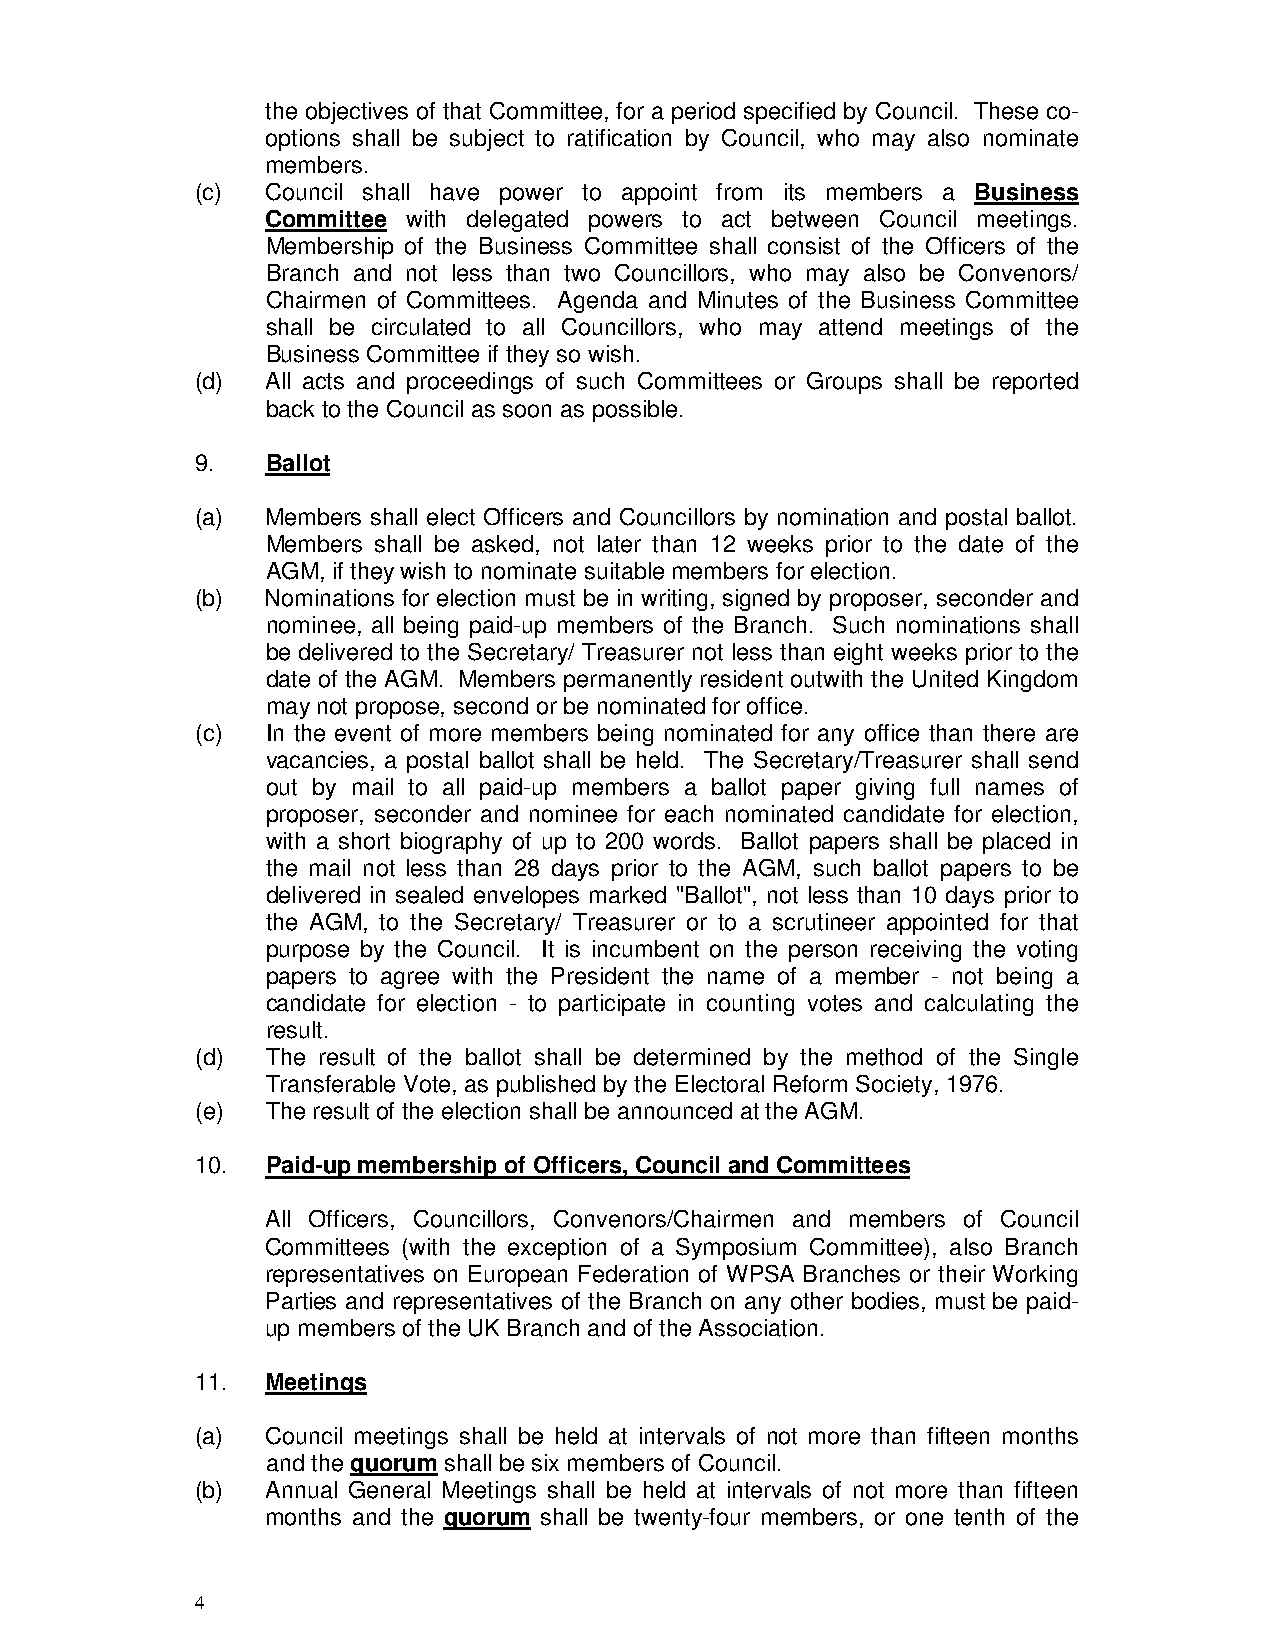
the objectives of that Committee, for a period specified by Council. These co-
 options shall be subject to ratification by Council, who may also nominate
 members.
 (c)  Council shall have power to appoint from its members a Business
 Committee with delegated powers to act between Council meetings.
 Membership of the Business Committee shall consist of the Officers of the
 Branch and not less than two Councillors, who may also be Convenors/
 Chairmen of Committees. Agenda and Minutes of the Business Committee
 shall be circulated to all Councillors, who may attend meetings of the
 Business Committee if they so wish.
 (d)  All acts and proceedings of such Committees or Groups shall be reported
 back to the Council as soon as possible.
 9.   Ballot
 (a)  Members shall elect Officers and Councillors by nomination and postal ballot.
 Members shall be asked, not later than 12 weeks prior to the date of the
 AGM, if they wish to nominate suitable members for election.
 (b)  Nominations for election must be in writing, signed by proposer, seconder and
 nominee, all being paid-up members of the Branch. Such nominations shall
 be delivered to the Secretary/ Treasurer not less than eight weeks prior to the
 date of the AGM. Members permanently resident outwith the United Kingdom
 may not propose, second or be nominated for office.
 (c)  In the event of more members being nominated for any office than there are
 vacancies, a postal ballot shall be held. The Secretary/Treasurer shall send
 out by mail to all paid-up members a ballot paper giving full names of
 proposer, seconder and nominee for each nominated candidate for election,
 with a short biography of up to 200 words. Ballot papers shall be placed in
 the mail not less than 28 days prior to the AGM, such ballot papers to be
 delivered in sealed envelopes marked "Ballot", not less than 10 days prior to
 the AGM, to the Secretary/ Treasurer or to a scrutineer appointed for that
 purpose by the Council. It is incumbent on the person receiving the voting
 papers to agree with the President the name of a member - not being a
 candidate for election - to participate in counting votes and calculating the
 result.
 (d)  The result of the ballot shall be determined by the method of the Single
 Transferable Vote, as published by the Electoral Reform Society, 1976.
 (e)  The result of the election shall be announced at the AGM.
 10.  Paid-up membership of Officers, Council and Committees
 All Officers, Councillors, Convenors/Chairmen and members of Council
 Committees (with the exception of a Symposium Committee), also Branch
 representatives on European Federation of WPSA Branches or their Working
 Parties and representatives of the Branch on any other bodies, must be paid-
 up members of the UK Branch and of the Association.
 11.  Meetings
 (a)  Council meetings shall be held at intervals of not more than fifteen months
 and the quorum shall be six members of Council.
 (b)  Annual General Meetings shall be held at intervals of not more than fifteen
 months and the quorum shall be twenty-four members, or one tenth of the
 4